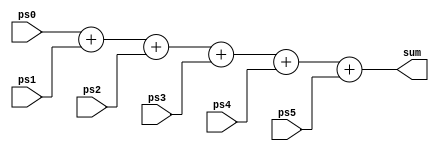
module add5x4
(
	input [3:0] ps0,
	input [3:0] ps1,
	input [3:0] ps2,
	input [3:0] ps3,
	input [3:0] ps4,
	input [3:0] ps5,
	output [7:0] sum
);
	assign sum = ps0 + ps1 + ps2 + ps3 + ps4 + ps5;

endmodule